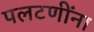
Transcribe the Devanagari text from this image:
पलटणींना